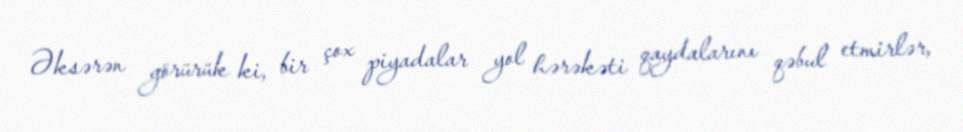
Əksərən görürük ki, bir çox piyadalar yol hərəkəti qaydalarını qəbul etmirlər,